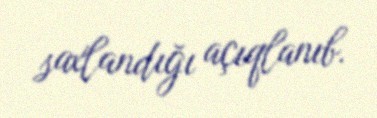
saxlandığı açıqlanıb.